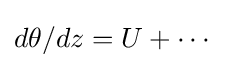
d\theta /dz=U+\cdots